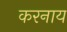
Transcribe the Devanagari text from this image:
करनाय